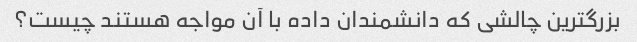
بزرگترین چالشی که دانشمندان داده با آن مواجه هستند چیست؟